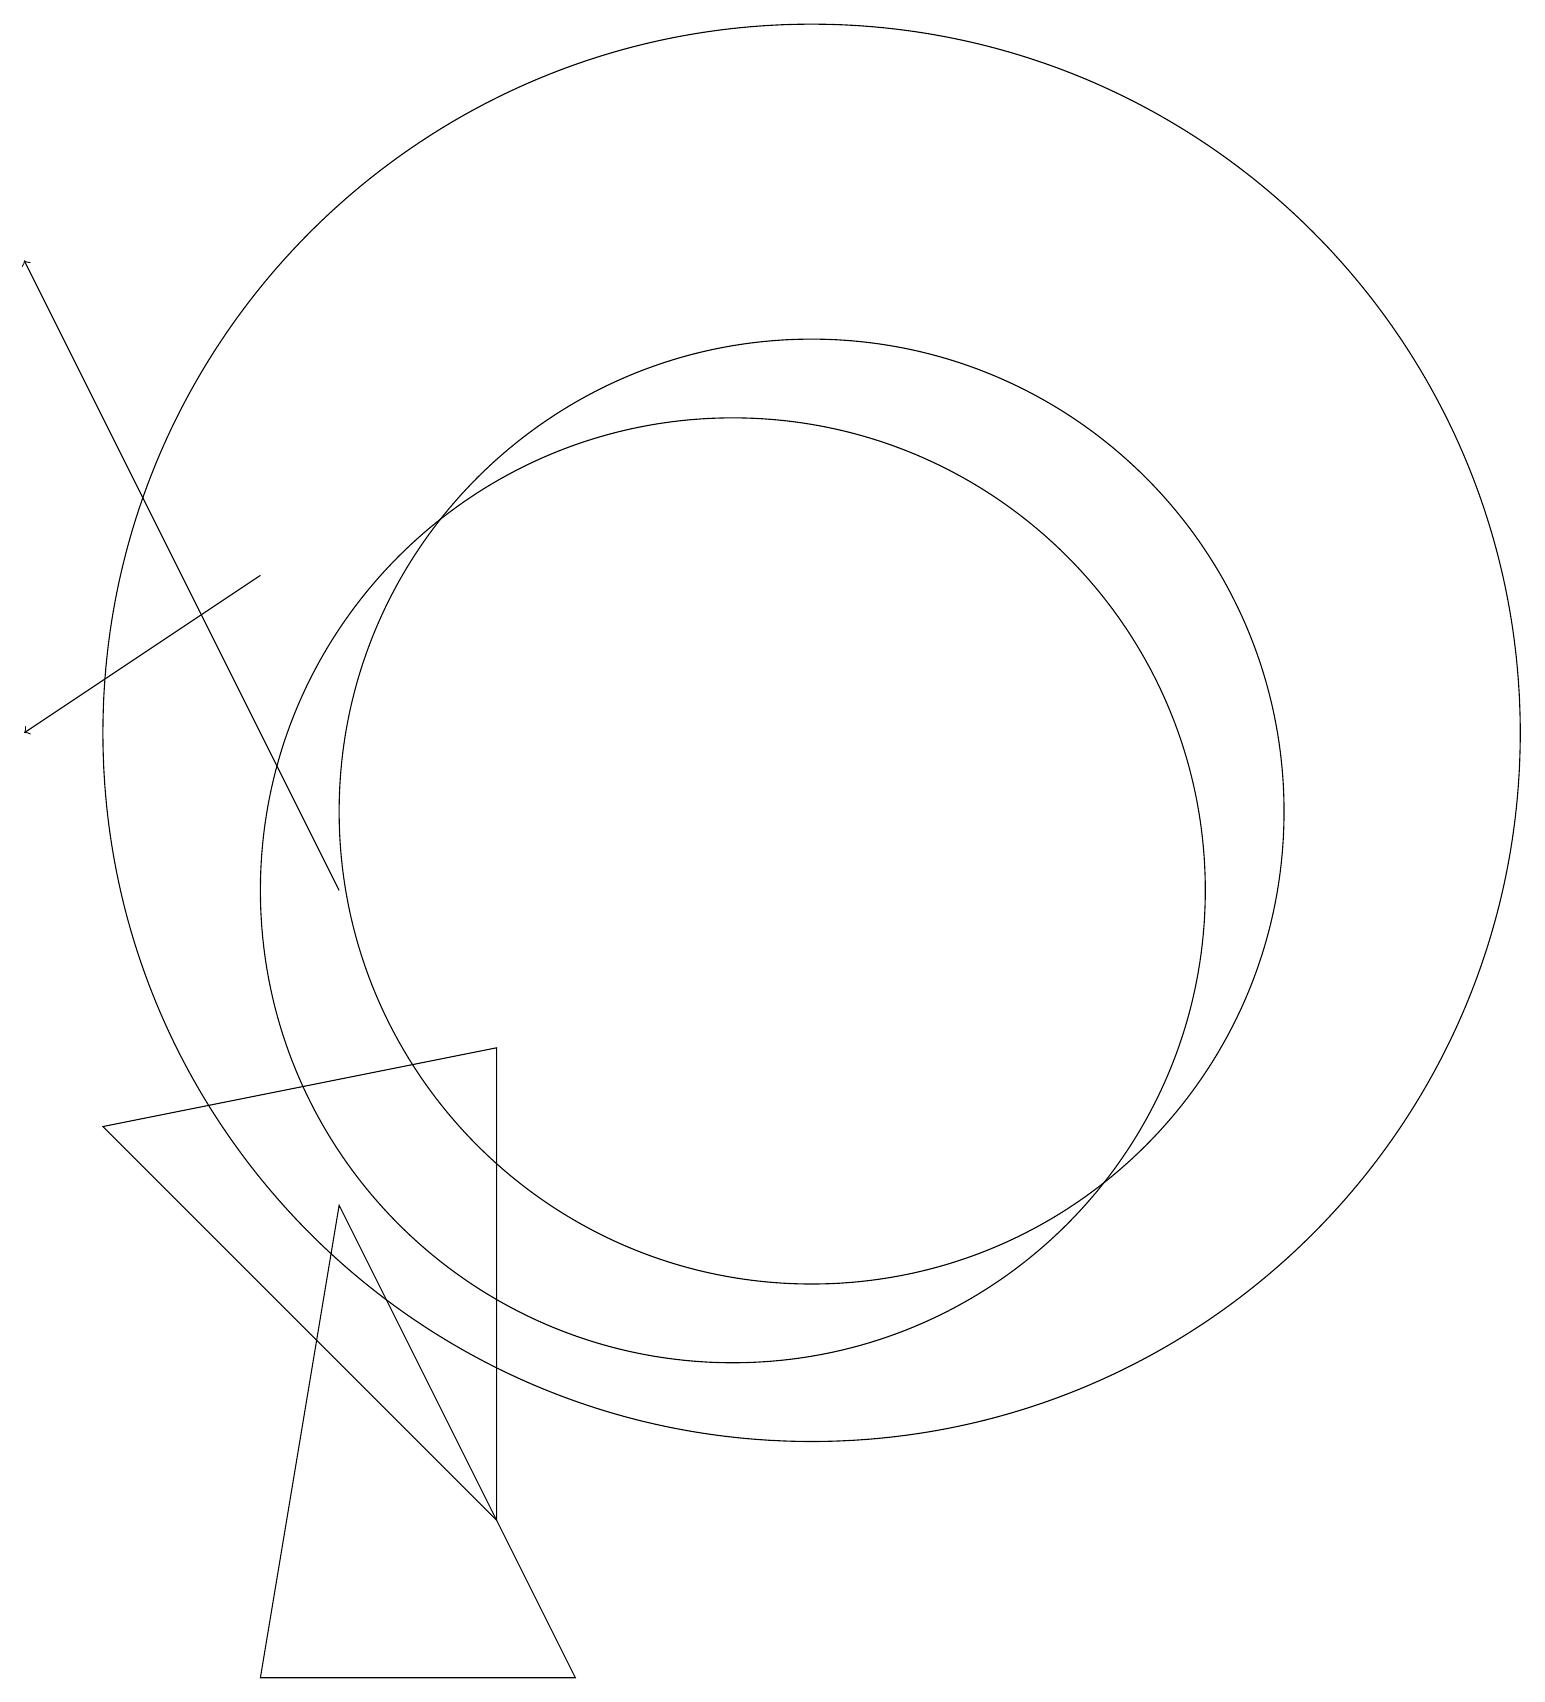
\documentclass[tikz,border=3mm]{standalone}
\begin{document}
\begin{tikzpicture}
\draw (10,10) circle (6);
\draw (7,2) -- (7,8) -- (2,7) -- cycle;
\draw[->] (4,14) -- (1,12);
\draw (5,6) -- (4,0) -- (8,0) -- cycle;
\draw[->] (5,10) -- (1,18);
\draw (11,11) circle (6);
\draw (11,12) circle (9);
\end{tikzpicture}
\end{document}